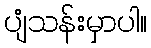
ပျံသန်းမှာပါ။